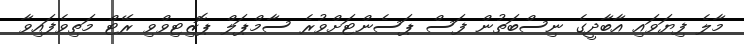
މާލެ ފިޔަވައި އާބާދީގެ ނިސްބަތުން ފަސް ޕަސެންޓަށްވުރެ ސާމްޕަލް ޕޮޒިޓިވްވި ރޭޓް މަތިވެފައިވާ